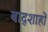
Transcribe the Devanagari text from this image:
बाद्शाहों